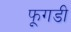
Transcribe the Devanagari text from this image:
फूगडी